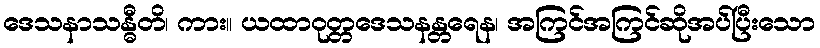
ဒေသနာသန္ဓီတိ၊ ကား။ ယထာဝုတ္တဒေသနန္တရေန၊ အကြင်အကြင်ဆိုအပ်ပြီးသော